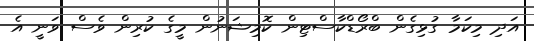
އަދި މިކަމާ ގުޅިގެން ބްރޯޑްކާސްޓިން ކޮމިޝަނުން މީގެ ކުރިން ވެސް ވަނީ އެ